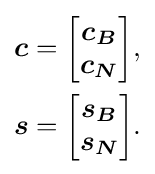
{\begin{aligned}{\boldsymbol {c}}&={\begin{bmatrix}{\boldsymbol {c_{B}}}\\{\boldsymbol {c_{N}}}\end{bmatrix}},\\{\boldsymbol {s}}&={\begin{bmatrix}{\boldsymbol {s_{B}}}\\{\boldsymbol {s_{N}}}\end{bmatrix}}.\end{aligned}}